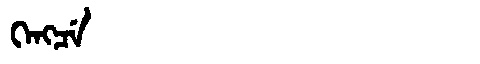
Manchu: ᡴᡝᠩᠴᡝ
Romanization: KENGCE